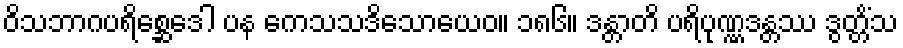
ဝိသဘာဂပရိစ္ဆေဒေါ ပန ကေသသဒိသောယေဝ။ ၁၈၆။ ဒန္တာတိ ပရိပုဏ္ဏဒန္တဿ ဒွတ္တိံသ